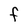
Character: F